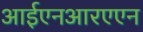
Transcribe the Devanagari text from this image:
आईएनआरएएन